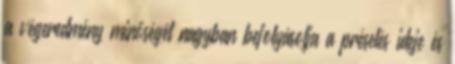
a végeredmény minőségét nagyban befolyásolja a préselés ideje és